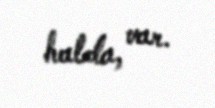
halda, var.